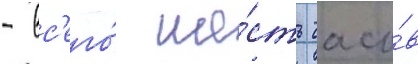
- вс'его́ ше́сть часо́в